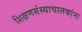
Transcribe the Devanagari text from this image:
शिक्षणसंस्थाचालकांना